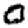
Digit: 0